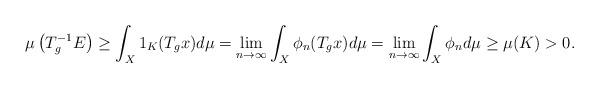
LaTeX: \begin{align*}\mu\left(T_g^{-1}E\right)\ge\int_X1_K(T_gx)d\mu=\lim_{n\to\infty}\int_X\phi_n(T_gx)d\mu=\lim_{n\to\infty}\int_X\phi_nd\mu\ge\mu(K)>0.\end{align*}